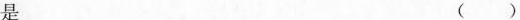
是 ()